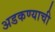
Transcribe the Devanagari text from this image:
अडकण्याची